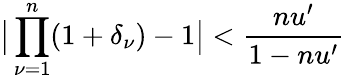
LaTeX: \big|\prod_{\nu=1}^{n}(1+\delta_{\nu})-1\big|<\frac{nu^{\prime}}{1-nu^{\prime}}